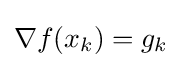
\nabla f(x_{k})=g_{k}